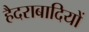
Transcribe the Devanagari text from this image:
हैदराबादियों